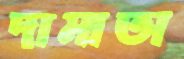
দামাতা